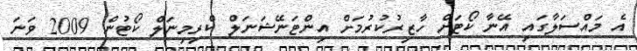
އެ މައްސަލާގައި އޭނާ ކޯޓަށް ހާޒިރުކުރުމަށް އިންޓަނޭޝަނަލް ކްރިމިނަލް ކޯޓުން 2009 ވަނަ